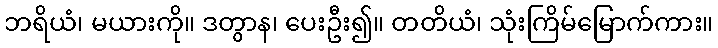
ဘရိယံ၊ မယားကို။ ဒတွာန၊ ပေးဦး၍။ တတိယံ၊ သုံးကြိမ်မြောက်ကား။